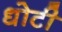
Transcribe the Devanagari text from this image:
धोटी